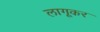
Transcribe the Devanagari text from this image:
लागूकर